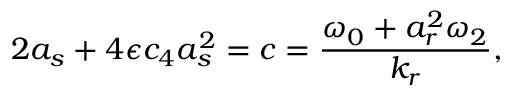
2 a _ { s } + 4 \epsilon c _ { 4 } a _ { s } ^ { 2 } = c = \frac { \omega _ { 0 } + a _ { r } ^ { 2 } \omega _ { 2 } } { k _ { r } } ,